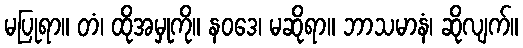
မပြုရာ။ တံ၊ ထိုအမှုကို။ နဝဒေ၊ မဆိုရာ။ ဘာသမာနံ၊ ဆိုလျက်။